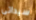
سيداتى